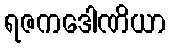
ရဇကဒေါဏိယာ